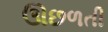
ઊછળતી